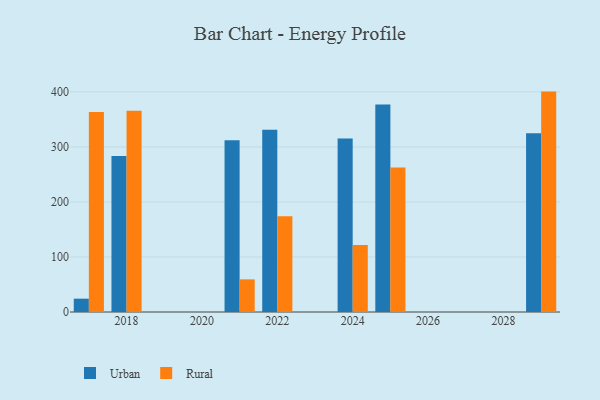
{"axis": {"x": "Year", "y": "Energy Usage (MWh)"}, "legend": ["Rural", "Urban"], "data": [{"x": "2025", "y": 376.9, "type": "Urban"}, {"x": "2025", "y": 262.7, "type": "Rural"}, {"x": "2024", "y": 315.5, "type": "Urban"}, {"x": "2024", "y": 121.8, "type": "Rural"}, {"x": "2017", "y": 24.2, "type": "Urban"}, {"x": "2017", "y": 363.3, "type": "Rural"}, {"x": "2021", "y": 312.0, "type": "Urban"}, {"x": "2021", "y": 59.3, "type": "Rural"}, {"x": "2018", "y": 283.5, "type": "Urban"}, {"x": "2018", "y": 365.6, "type": "Rural"}, {"x": "2029", "y": 324.9, "type": "Urban"}, {"x": "2029", "y": 400.5, "type": "Rural"}, {"x": "2022", "y": 331.1, "type": "Urban"}, {"x": "2022", "y": 174.1, "type": "Rural"}]}